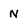
Character: N